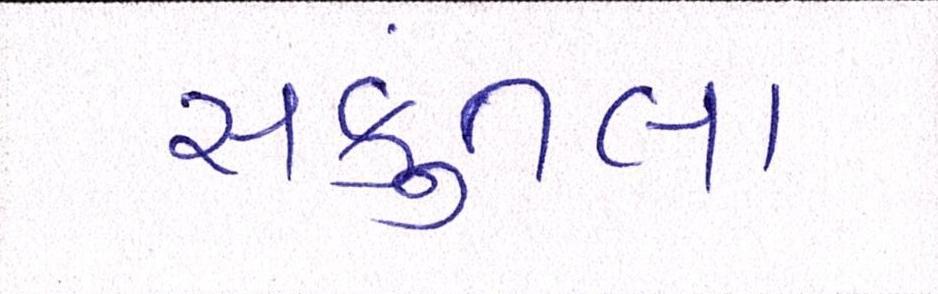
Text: સકુંતલા